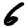
Digit: 6